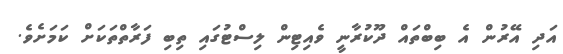
އަދި އޭރުން އެ ބިބްތައް ދޫކުރާނީ ވެއިޓިން ލިސްޓުގައި ތިބި ފަރާތްތަކަށް ކަމަށެވެ.